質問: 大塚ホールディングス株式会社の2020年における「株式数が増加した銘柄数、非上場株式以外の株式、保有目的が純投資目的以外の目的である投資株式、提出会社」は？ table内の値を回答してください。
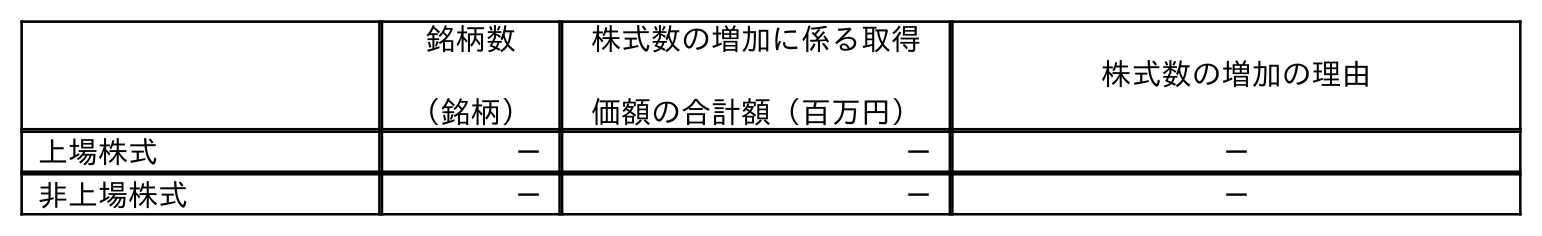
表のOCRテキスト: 銘柄数 （銘柄） 株式数の増加に係る取得 価額の合計額（百万円） 株式数の増加の理由 上場株式 － － － 非上場株式 － － －
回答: －